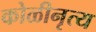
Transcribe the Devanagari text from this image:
कोळीनृत्य